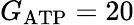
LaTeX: G_{\mathrm{ATP}}=20